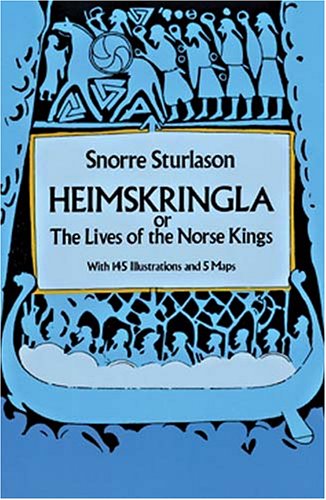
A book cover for Heimskringla: or, The Lives of the Norse Kings; Snorre Sturlason; Biographies & Memoirs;